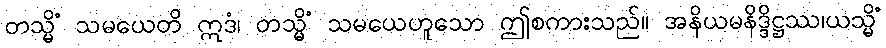
တသ္မိံ သမယေတိ ဣဒံ၊ တသ္မိံ သမယေဟူသော ဤစကားသည်။ အနိယမနိဒ္ဒိဋ္ဌဿ၊ယသ္မိံ